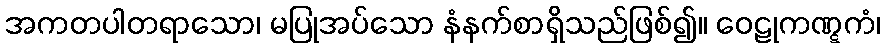
အကတပါတရာသော၊ မပြုအပ်သော နံနက်စာရှိသည်ဖြစ်၍။ ဝေဠုကဏ္ဋကံ၊